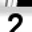
Digit: 2